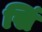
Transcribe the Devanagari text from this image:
सिं